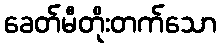
ခေတ်မီတိုးတက်သော